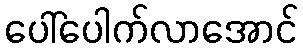
ပေါ်ပေါက်လာအောင်